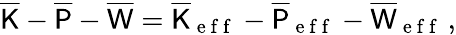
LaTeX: \overline{{\mathsf{K}}}-\overline{{\mathsf{P}}}-\overline{{\mathsf{W}}}=\overline{{\mathsf{K}}}_{\mathrm{~e~f~f~}}-\overline{{\mathsf{P}}}_{\mathrm{~e~f~f~}}-\overline{{\mathsf{W}}}_{\mathrm{~e~f~f~}}\, ,